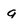
Character: g